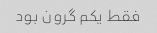
فقط یکم گرون بود